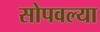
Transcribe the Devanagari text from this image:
सोपवल्या